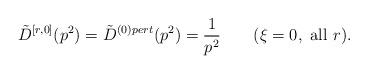
LaTeX: \begin{align*}\tilde D^{[r,0]}(p^2)=\tilde D^{(0)pert}(p^2)=\frac{1}{p^2} \qquad (\xi=0,\mbox{ all }r).\end{align*}